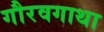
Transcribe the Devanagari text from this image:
गौरवगाथा